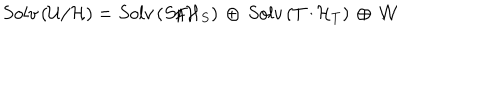
S o l v \left( { \cal U } / { \cal H } \right) = S o l v \left( { S } / { \cal H } _ { S } \right) \, \oplus \, S o l v \left( { T } / { \cal H } _ { T } \right) \, \oplus \, { \cal W }